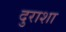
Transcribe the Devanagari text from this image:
दुराशा